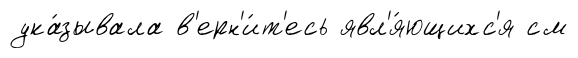
ука́зывала в'ерн'и́т'есь явл'я́ющихс'я см